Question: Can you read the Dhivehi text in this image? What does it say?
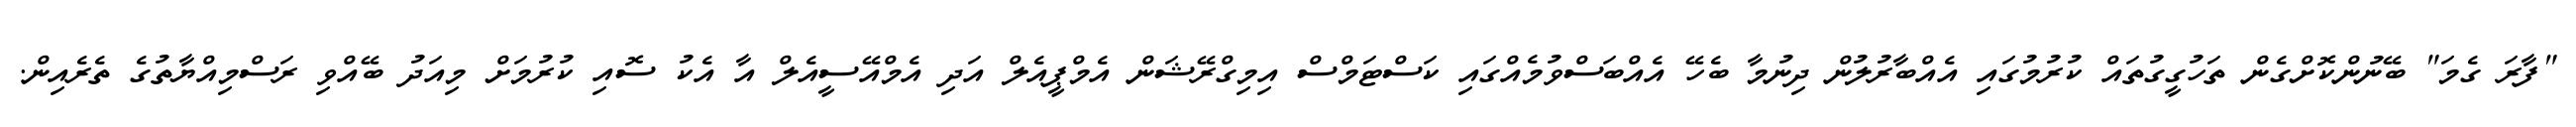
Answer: "ފާރަ ގެމަ" ބޭނުންކޮށްގެން ތަހުގީގުތައް ކުރުމުގައި އެއްބާރުލުން ދިނުމާ ބެހޭ އެއްބަސްވުމެއްގައި ކަސްޓަމްސް އިމިގްރޭޝަން އެމްޕީއެލް އަދި އެމްއޭސީއެލް އާ އެކު ސޮއި ކުރުމަށް މިއަދު ބޭއްވި ރަސްމިއްޔާތުގެ ތެރެއިން.